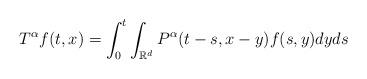
LaTeX: \begin{align*}T^{\alpha}f(t,x) = \int_0^t \int_{{\mathbb R}^d} P^{\alpha}(t-s,x-y)f(s,y) dyds\end{align*}